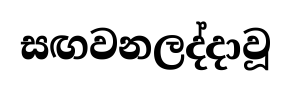
සඟවනලද්දාවූ